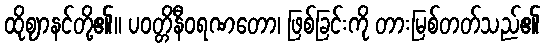
ထိုဈာနင်တို့၏။ ပဝတ္တိနီဝရဏတော၊ ဖြစ်ခြင်းကို တားမြစ်တတ်သည်၏